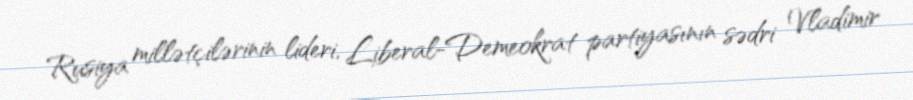
Rusiya millətçilərinin lideri, Liberal-Demeokrat partiyasının sədri Vladimir